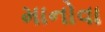
માનોવા